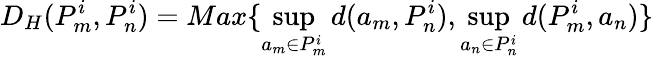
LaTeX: D_{H}(P_{m}^{i},P_{n}^{i})=Max\{ \operatorname*{sup}_{a_{m}\in P_{m}^{i}}d(a_{m},P_{n}^{i}),\operatorname*{sup}_{a_{n}\in P_{n}^{i}}d(P_{m}^{i},a_{n})\}